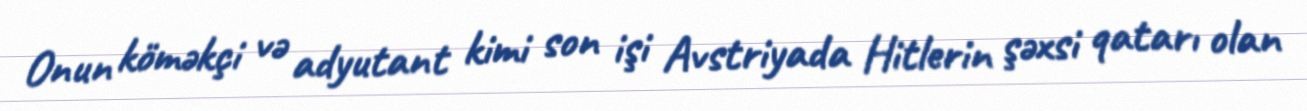
Onun köməkçi və adyutant kimi son işi Avstriyada Hitlerin şəxsi qatarı olan